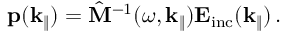
\mathbf { p } ( \mathbf { k } _ { \| } ) = \hat { \mathbf { M } } ^ { - 1 } ( \omega , \mathbf { k } _ { \| } ) \mathbf { E } _ { \mathrm { i n c } } ( \mathbf { k } _ { \| } ) \, .